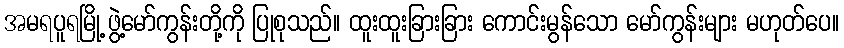
အမရပူရမြို့ ဖွဲ့မော်ကွန်းတို့ကို ပြုစုသည်။ ထူးထူးခြားခြား ကောင်းမွန်သော မော်ကွန်းများ မဟုတ်ပေ။